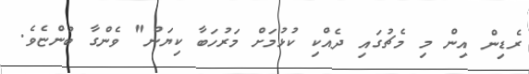
ރެޑިން އިން މި މެޗުގައި ދެއްކި ކުޅުމަށް މަރުހަބާ ކިޔަން" ވެންގާ ބުންޏެވެ.